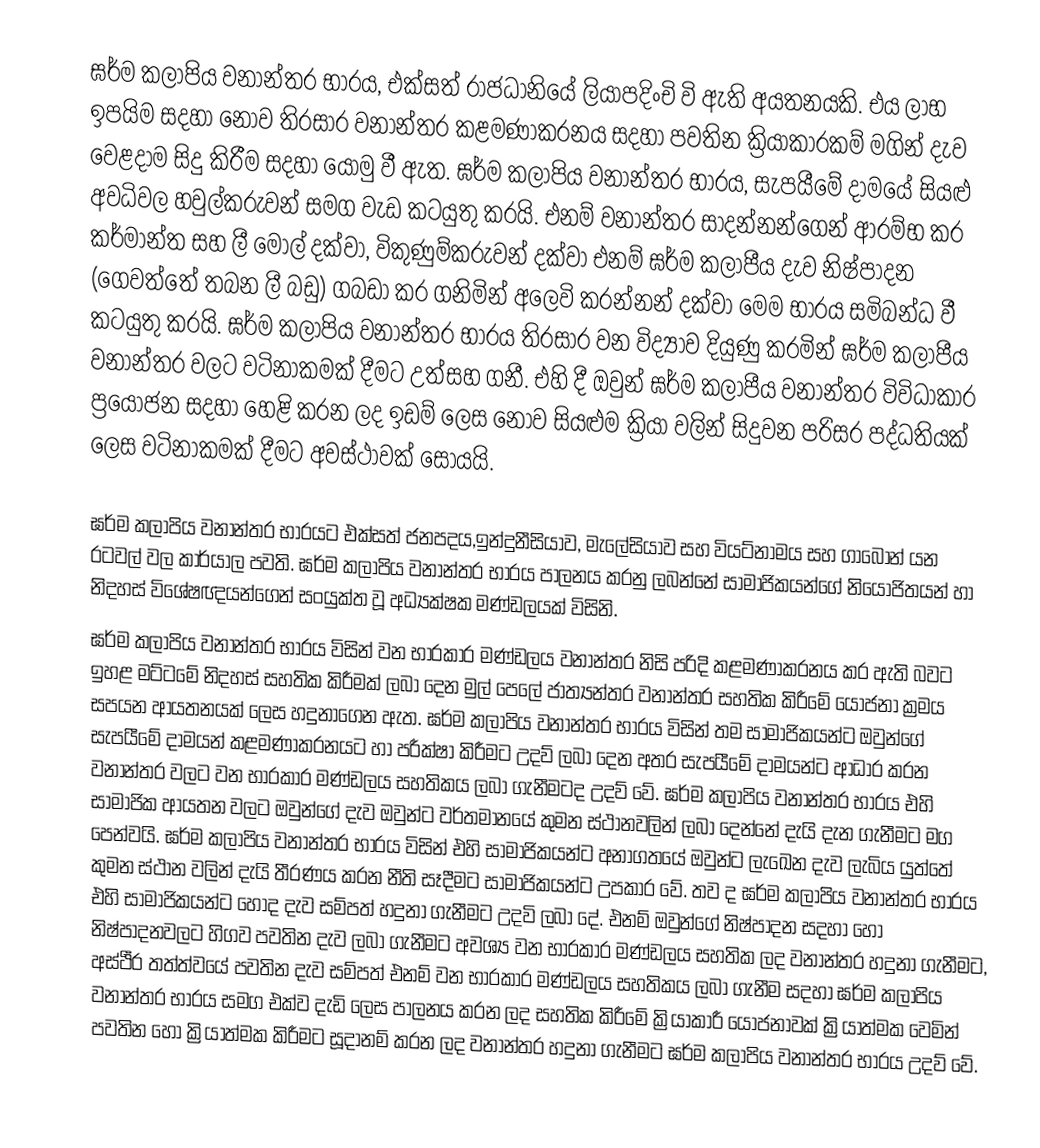
ඝර්ම කලාපිය වනාන්තර භාරය, එක්සත් රාජධානියේ ලියාපදිංචි වි ඇති අයතනයකි. එය ලාභ ඉපයිම සදහා නොව තිරසාර වනාන්තර කළමණාකරනය සදහා පවතින ක්‍රියාකාරකම් මගින් දැව වෙළදාම සිදු කිරීම සදහා යොමු වී ඇත. ඝර්ම කලාපිය වනාන්තර භාරය, සැපයීමේ දාමයේ සියළු අවධිවල හවුල්කරුවන් සමග වැඩ කටයුතු කරයි. එනම් වනාන්තර සාදන්නන්ගෙන් ආරම්භ කර කර්මාන්ත සහ ලී මෝල් දක්වා, විකුණුම්කරුවන් දක්වා එනම් ඝර්ම කලාපීය දැව නිෂ්පාදන (ගෙවත්තේ තබන ලී බඩු) ගබඩා කර ගනිමින් අලෙවි කරන්නන් දක්වා මෙම භාරය සමිබන්ධ වී කටයුතු කරයි. ඝර්ම කලාපිය වනාන්තර භාරය තිරසාර වන විද්‍යාව දියුණු කරමින් ඝර්ම කලාපීය වනාන්තර වලට වටිනාකමක් දීමට උත්සහ ගනී. එහි දී ඔවුන් ඝර්ම කලාපීය වනාන්තර විවිධාකාර ප්‍රයෝජන සදහා හෙළි කරන ලද ඉඩම් ලෙස නොව සියළුම ක්‍රියා වලින් සිදුවන පරිසර පද්ධතියක් ලෙස වටිනාකමක් දීමට අවස්ථාවක් සොයයි.

ඝර්ම කලාපිය වනාන්තර භාරයට එක්සත් ජනපදය,ඉන්දුනීසියාව, මැලේසියාව සහ වියට්නාමය සහ ගාබෝන් යන රටවල් වල කාර්යාල පවති. ඝර්ම කලාපිය වනාන්තර භාරය පාලනය කරනු ලබන්නේ සාමාජිකයන්ගේ නියෝජිතයන් හා නිදහස් විශේෂඥයන්ගෙන් සංයුක්ත වූ අධ්‍යක්ෂක මණ්ඩලයක් විසිනි.
ඝර්ම කලාපිය වනාන්තර භාරය විසින් වන භාරකාර මණ්ඩලය වනාන්තර නිසි පරිදි කළමණාකරනය කර ඇති බවට ඉහළ මට්ටමේ නිදහස් සහතික කිරීමක් ලබා දෙන මුල් පෙලේ ජාත්‍යන්තර වනාන්තර සහතික කිරීමේ යෝජනා ක්‍රමය සපයන ආයතනයක් ලෙස හදුනාගෙන ඇත. ඝර්ම කලාපිය වනාන්තර භාරය විසින් තම සාමාජිකයන්ට ඔවුන්ගේ සැපයීමේ දාමයන් කළමණාකරනයට හා පරීක්ෂා කිරීමට උදව් ලබා දෙන අතර සැපයීමේ දාමයන්ට ආධාර කරන වනාන්තර වලට වන භාරකාර මණ්ඩලය සහතිකය ලබා ගැනීමටද උදව් වේ. ඝර්ම කලාපිය වනාන්තර භාරය එහි සාමාජික ආයතන වලට ඔවුන්ගේ දැව ඔවුන්ට වර්තමානයේ කුමන ස්ථානවලින් ලබා දෙන්නේ දැයි දැන ගැනීමට මග පෙන්වයි. ඝර්ම කලාපිය වනාන්තර භාරය විසින් එහි සාමාජිකයන්ට අනාගතයේ ඔවුන්ට ලැඛෙන දැව ලැබිය යුත්තේ කුමන ස්ථාන වලින් දැයි තීරණය කරන නීති සෑදීමට සාමාජිකයන්ට උපකාර වේ. තව ද ඝර්ම කලාපිය වනාන්තර භාරය එහි සාමාජිකයන්ට හොද දැව සම්පත් හදුනා ගැනීමට උදවි ලබා දේ. එනම් ඔවුන්ගේ නිෂ්පාදන සදහා  හෝ නිෂ්පාදනවලට හිගව පවතින දැව ලබා ගැනීමට අවශ්‍ය වන භාරකාර මණ්ඩලය සහතික ලද වනාන්තර හදුනා ගැනීමට, අස්ථීර තත්ත්වයේ පවතින දැව සම්පත් එනම් වන භාරකාර මණ්ඩලය සහතිකය ලබා ගැනීම සදහා ඝර්ම කලාපිය වනාන්තර භාරය සමග එක්ව දැඩි ලෙස පාලනය කරන ලද සහතික කිරීමේ ක්‍රියාකාරී යෝජනාවක් ක්‍රියාත්මක වෙමින් පවතින හෝ ක්‍රියාත්මක කිරීමට සූදානම් කරන ලද වනාන්තර හදුනා ගැනීමට ඝර්ම කලාපිය වනාන්තර භාරය උදව් වේ.